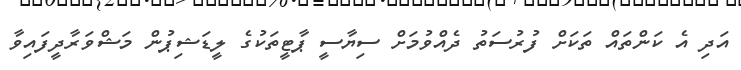
އަދި އެ ކަންތައް ތަކަށް ފުރުސަތު ދެއްވުމަށް ސިޔާސީ ޕާޓީތަކުގެ ލީޑަޝިޕުން މަޝްވަރާދީފައިވާ